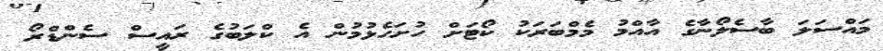
މައްސަލަ ބާސެލޯނާގެ އާއްމު މެމްބަރަކު ކޯޓަށް ހުށަހެޅުމުން އެ ކްލަބުގެ ރައީސް ސެންޑްރޯ